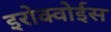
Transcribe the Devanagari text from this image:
इरोक्वोईस